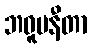
ဘဝူပနီတာ